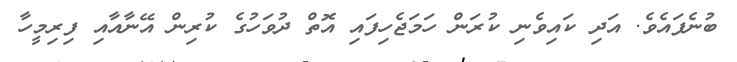
ބުނެފައެވެ. އަދި ކައިވެނި ކުރަން ހަމަޖެހިފައި އޮތް ދުވަހުގެ ކުރިން އޭނާއާއި ފިރިމީހާ